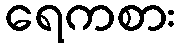
ရေကစား